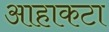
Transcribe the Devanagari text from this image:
आहाकटा